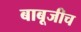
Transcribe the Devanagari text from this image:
बाबूजीच